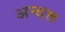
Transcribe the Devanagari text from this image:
अन्दरू